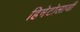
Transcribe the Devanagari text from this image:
हिमेटोलाजी